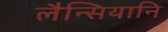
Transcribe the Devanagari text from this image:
लैन्सियानि